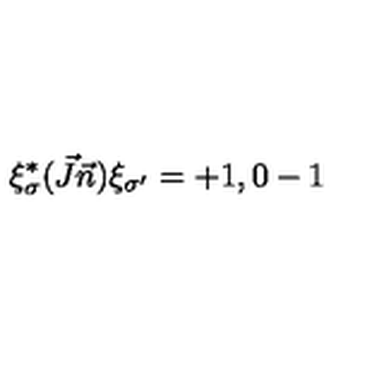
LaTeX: \xi _ { \sigma } ^ { * } ( \vec { J } \vec { n } ) \xi _ { \sigma ^ { \prime } } = + 1 , 0 - 1